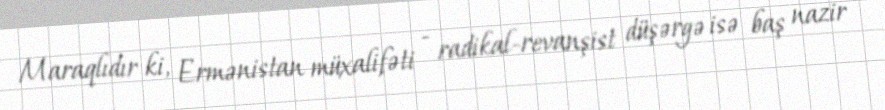
Maraqlıdır ki, Ermənistan müxalifəti - radikal-revanşist düşərgə isə baş nazir